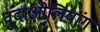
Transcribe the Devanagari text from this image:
वुदाओलियांग